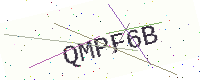
Text: QMPF6B